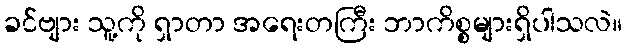
ခင်ဗျား သူ့ကို ရှာတာ အရေးတကြီး ဘာကိစ္စများရှိပါသလဲ။